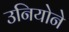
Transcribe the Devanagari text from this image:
उनियोने